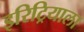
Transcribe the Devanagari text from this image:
इरिट्रियाला